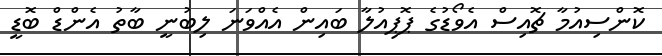
ކޮންސިއުމާ ޗޮއިސް އެވޯޑުގެ ޕޮޕިއުލާ ބައިން އެއްވަނަ ލިބުނީ ބާތު އެންޑް ބޮޑީ